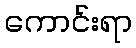
ကောင်းရာ